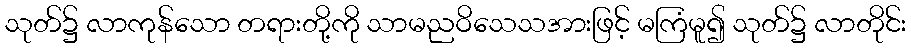
သုတ်၌ လာကုန်သော တရားတို့ကို သာမညဝိသေသအားဖြင့် မကြံမူ၍ သုတ်၌ လာတိုင်း